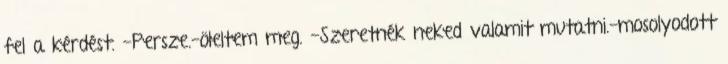
fel a kérdést. -Persze.-öleltem meg. -Szeretnék neked valamit mutatni.-mosolyodott